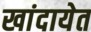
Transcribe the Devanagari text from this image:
खांदायेत